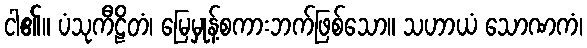
ငါ၏။ ပံသုကီဠိတံ၊ မြေမှုန့်စကားဘက်ဖြစ်သော။ သဟာယံ သောဏကံ၊